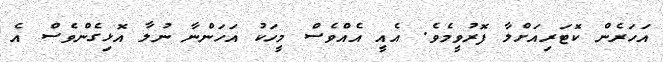
އަހަރެން ކޮޓަރިއަށްލާ ފޮރުވީމެވެ. އެއީ އެެއްވެސް މީހަކު އަހަންނާ ނުލާ އޮޅިގެންވެސް އެ